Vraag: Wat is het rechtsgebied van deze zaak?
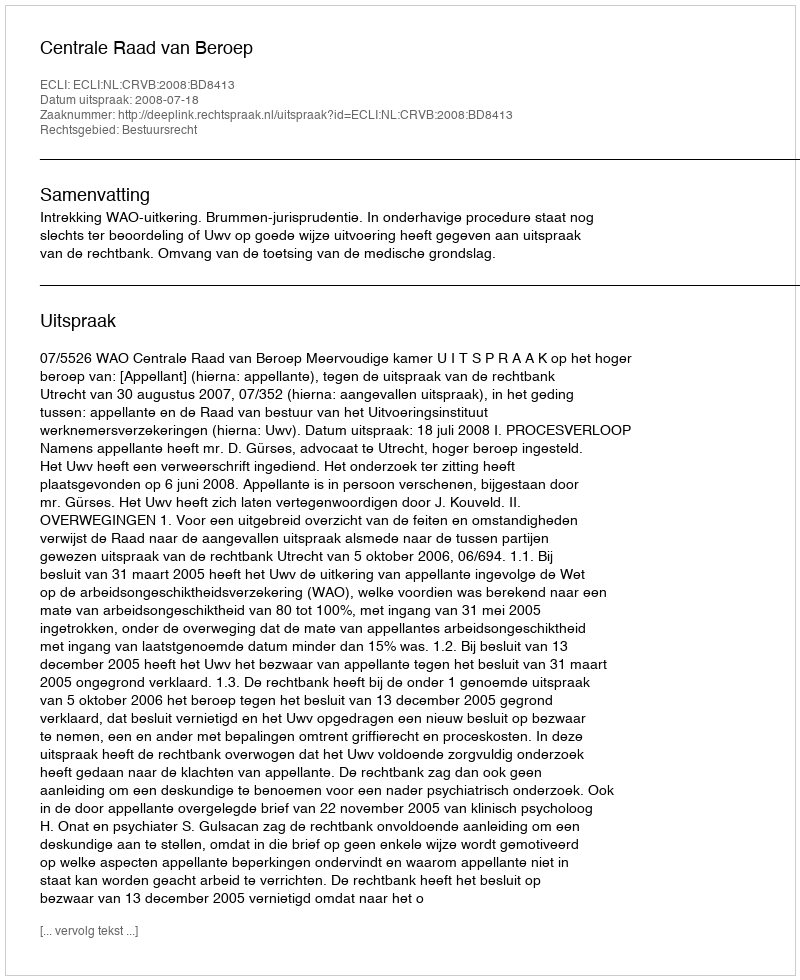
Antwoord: Bestuursrecht